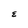
Character: E